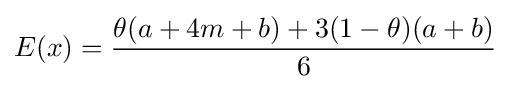
E(x)={\frac {\theta (a+4m+b)+3(1-\theta )(a+b)}{6}}